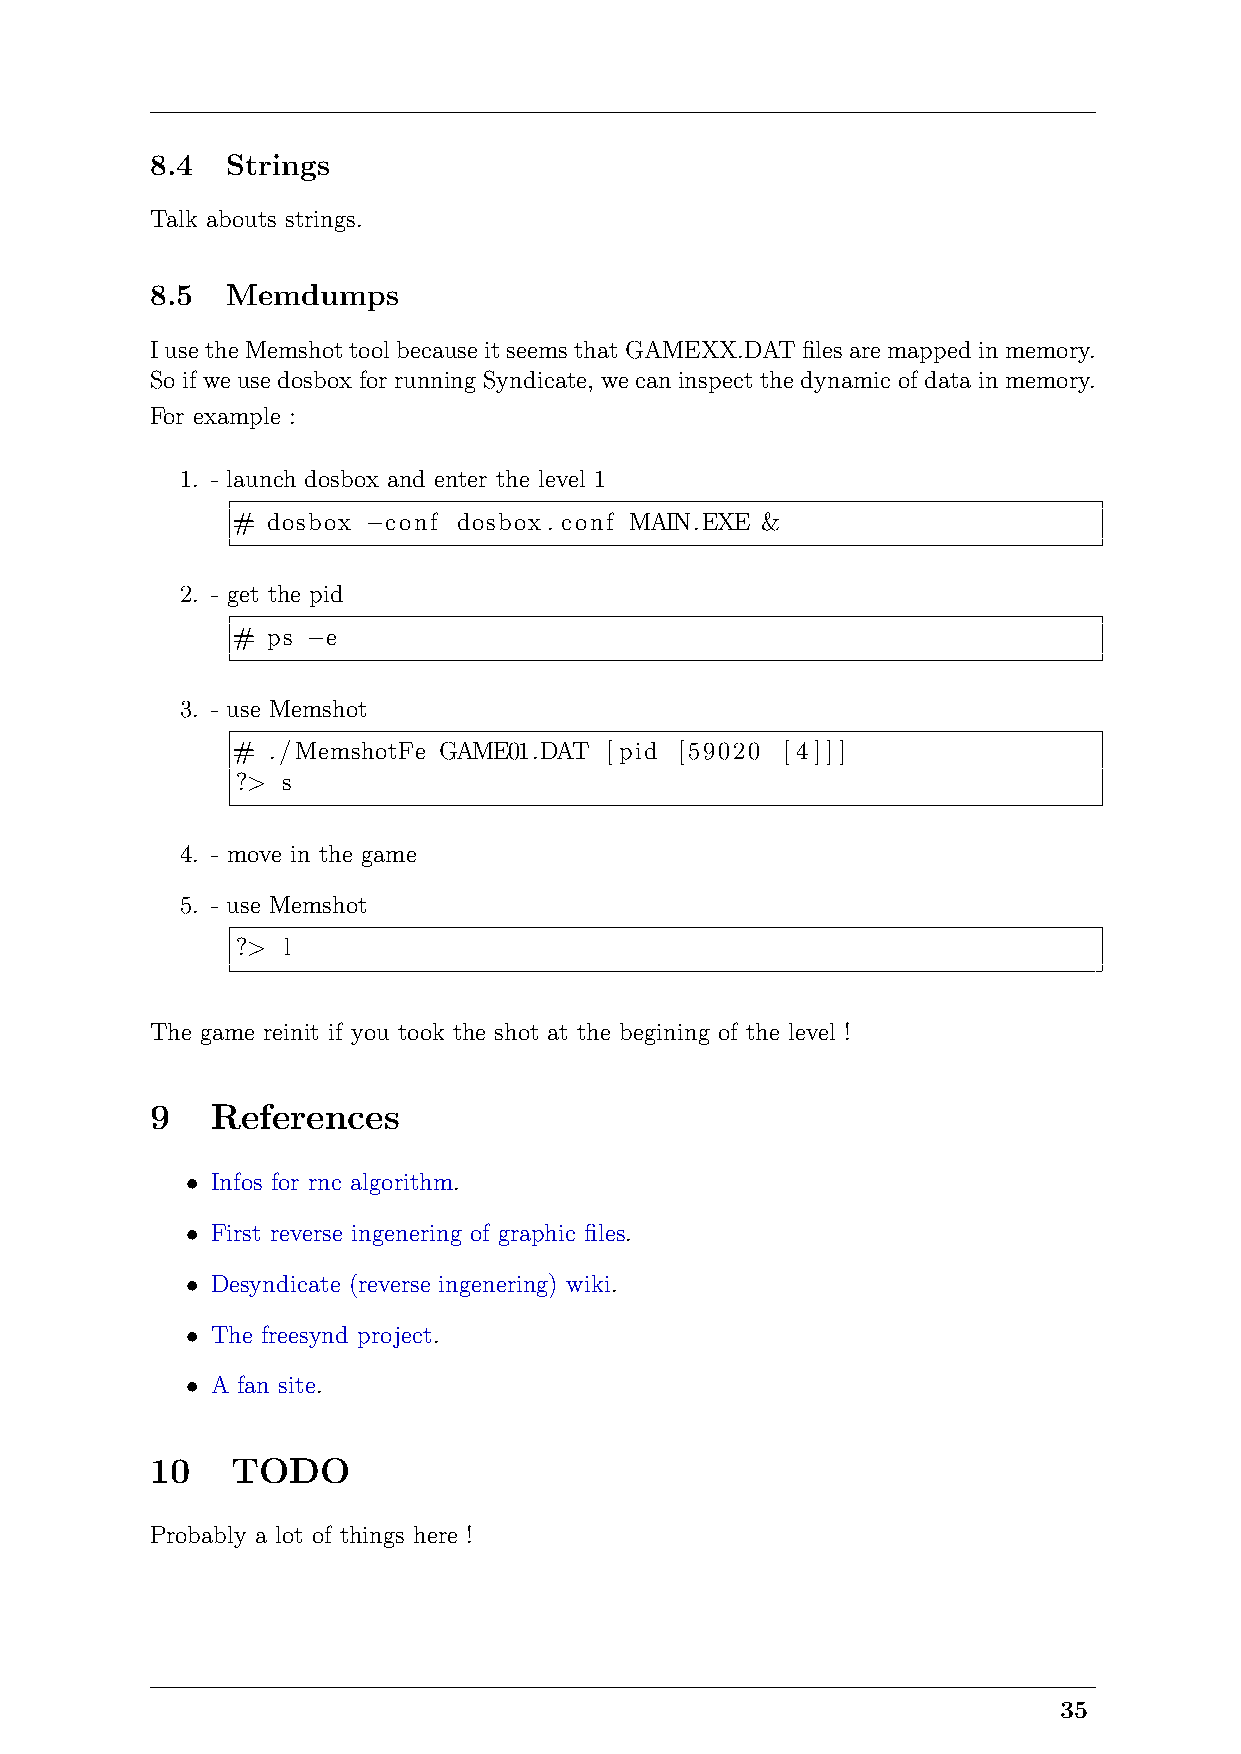
8.4  Strings
 Talk abouts strings.
 8.5  Memdumps
 IusetheMemshottoolbecauseitseemsthatGAMEXX.DATfilesaremappedinmemory.
 So if we use dosbox for running Syndicate, we can inspect the dynamic of data in memory.
 For example :
 1. - launch dosbox and enter the level 1
 #  dosbox −conf dosbox. conf MAIN.EXE &
 2. - get the pid
 #  ps −e
 3. - use Memshot
 #  ./MemshotFe GAME01.DAT [ pid [59020 [4]]]
 ?> s
 4. - move in the game
 5. - use Memshot
 ?> l
 The game reinit if you took the shot at the begining of the level !
 9   References
 • Infos for rnc algorithm.
 • First reverse ingenering of graphic files.
 • Desyndicate (reverse ingenering) wiki.
 • The freesynd project.
 • A fan site.
 10   TODO
 Probably a lot of things here !
 35